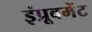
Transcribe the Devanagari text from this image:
इंप्रूवमेंट